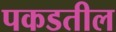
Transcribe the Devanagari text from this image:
पकडतील